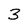
Character: 3